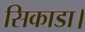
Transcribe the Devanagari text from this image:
सिकाडा।